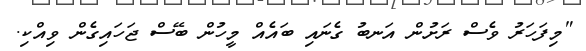
"މިފަހަރު ވެސް ރަށުން އަނބު ގެނައި ބައެއް މީހުން ބޭސް ޖަހައިގެން ވިއްކި.